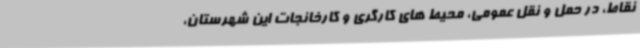
نقاط، در حمل و نقل عمومی، محیط های کارگری و کارخانجات این شهرستان،